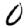
Digit: 0